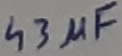
Text: 43µF